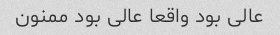
عالی بود واقعا عالی بود ممنون